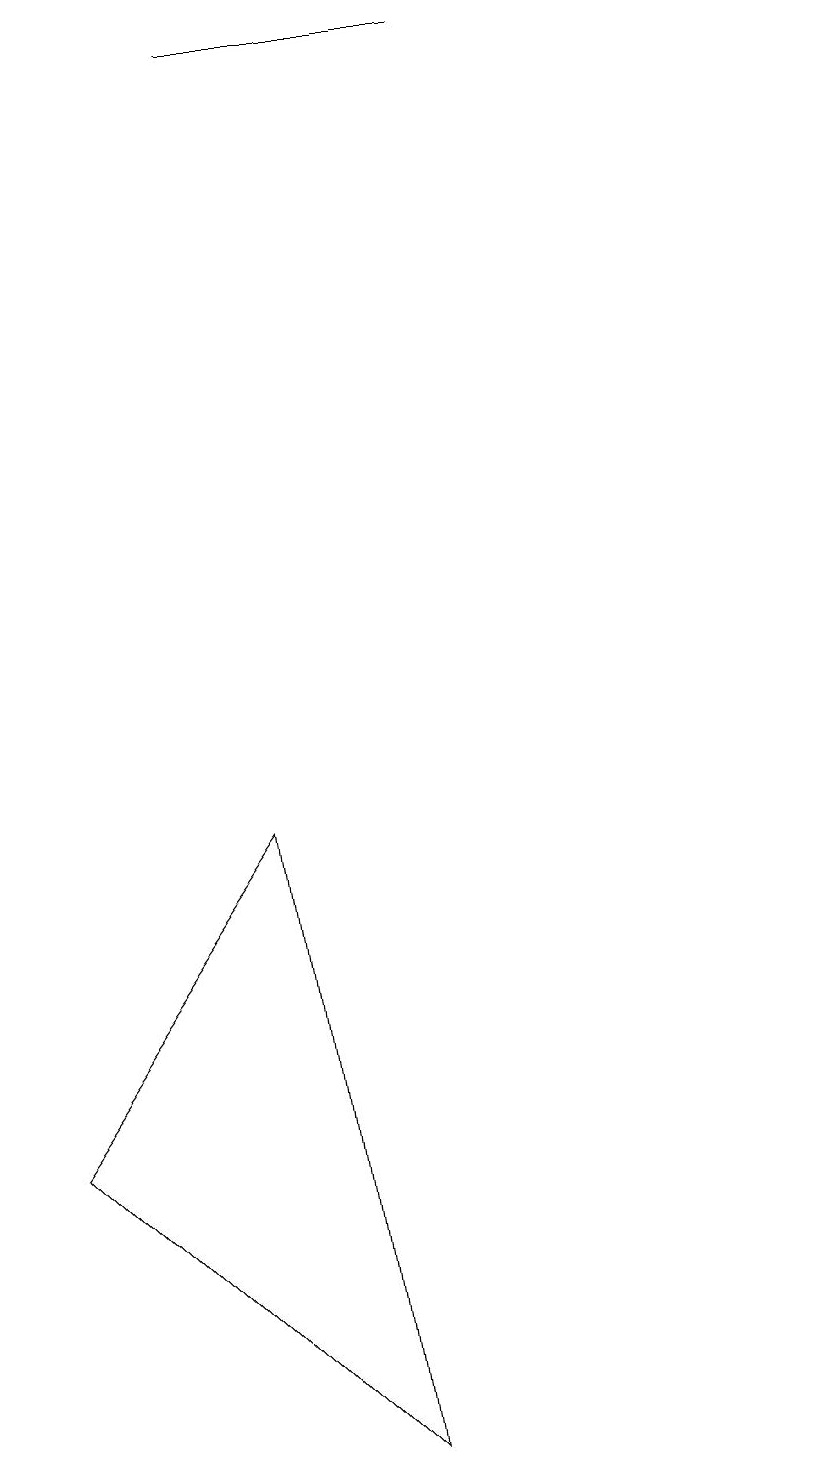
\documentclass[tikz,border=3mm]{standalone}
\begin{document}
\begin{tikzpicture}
\draw (6,1) -- (5,9) -- (2,5) -- cycle;
\draw (8,19) rectangle (5,19);
\draw (12,10) circle (0);
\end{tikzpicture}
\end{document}